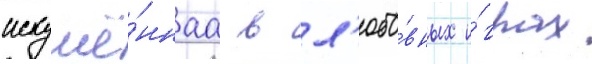
искушё́ннаа в л'юбо́вных и́грах